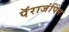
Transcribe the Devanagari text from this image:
पॅराजंपिंग